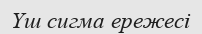
Үш сигма ережесі